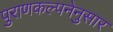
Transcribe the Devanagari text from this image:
पुराणकल्पनेनुसार